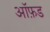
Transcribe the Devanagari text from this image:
आॅफ़ड